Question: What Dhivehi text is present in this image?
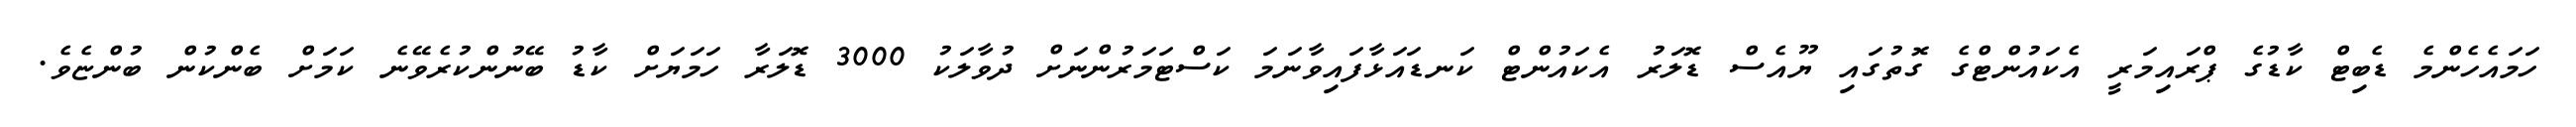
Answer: ހަމައެހެންމެ ޑެބިޓް ކާޑުގެ ޕްރައިމަރީ އެކައުންޓްގެ ގޮތުގައި ޔޫއެސް ޑޮލަރު އެކައުންޓް ކަނޑައަޅާފައިވާނަމަ ކަސްޓަމަރުންނަށް ދުވާލަކު 3000 ޑޮލަރާ ހަމަޔަށް ކާޑު ބޭނުންކުރެވޭނެ ކަމަށް ބެންކުން ބުންޏެވެ.